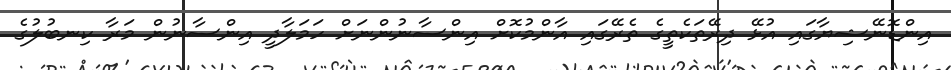
އިންޑޮނޭޝިޔާގައި އުޅޭ ދިރޭތަކެތީގެ ތެރޭގައި އާންމުކޮށް އިންސާނުންނަށް ހަމަލާދީ އިންސާނުން މަރާ ކިނބުލުގެ